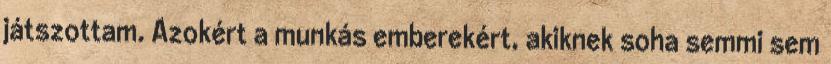
játszottam. Azokért a munkás emberekért, akiknek soha semmi sem